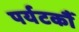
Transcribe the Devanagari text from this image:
पर्यटकौं